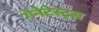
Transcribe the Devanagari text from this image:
गेनेटेस्ट्स